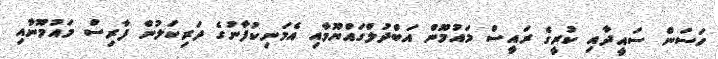
ހަސަން ސައީދާއި ކުރީގެ ރައީސް މައުމޫން އަބްދުލްގައްޔޫމާއި އެމަނިކުފާނުގެ ދަރިކަލުން ފާރިސް މައުމޫނާއި